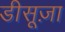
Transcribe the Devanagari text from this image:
डीसूज़ा